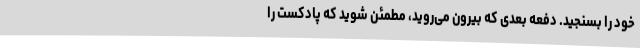
خود را بسنجید. دفعه بعدی که بیرون می‌روید، مطمئن شوید که پادکست را